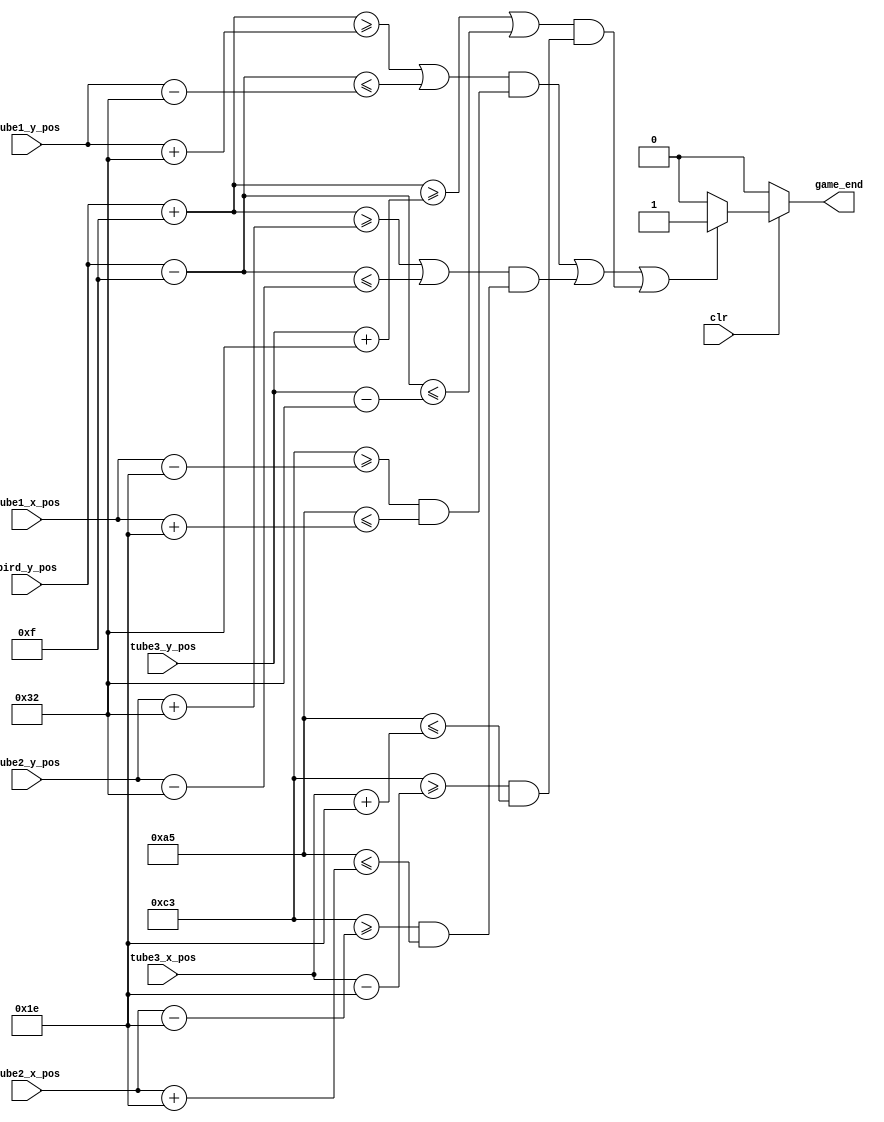
//
module Crash_Detect(
    input clr,
    input [9:0] bird_y_pos,
    input [9:0] tube1_x_pos,
    input [9:0] tube1_y_pos,
    input [9:0] tube2_x_pos,
    input [9:0] tube2_y_pos,
    input [9:0] tube3_x_pos,
    input [9:0] tube3_y_pos,
    output game_end
    );
	 
	wire crash;
	

	wire [9:0] bird_x_pos;
	assign bird_x_pos = 10'd180; 

	assign crash = (
		(((bird_y_pos + 10'd15 >= tube1_y_pos + 10'd50) | (bird_y_pos - 10'd15 <= tube1_y_pos - 10'd50)) &
			((bird_x_pos + 10'd15 >= tube1_x_pos - 10'd30) & (bird_x_pos - 10'd15 <= tube1_x_pos + 10'd30))) |
		(((bird_y_pos + 10'd15 >= tube2_y_pos + 10'd50) | (bird_y_pos -10'd15 <= tube2_y_pos - 10'd50)) &
			((bird_x_pos + 10'd15 >= tube2_x_pos - 10'd30) & (bird_x_pos - 10'd15 <= tube2_x_pos + 10'd30))) |
		(((bird_y_pos + 10'd15 >= tube3_y_pos + 10'd50) | (bird_y_pos - 10'd15 <= tube3_y_pos - 10'd50)) &
			((bird_x_pos + 10'd15 >= tube3_x_pos - 10'd30) & (bird_x_pos - 10'd15 <= tube3_x_pos + 10'd30)))
		);
	

	assign game_end = 
		(!clr) ? 0:
		(crash) ? 1:
		0;

endmodule